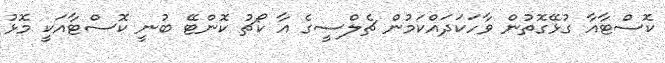
ކޮސްޓާއާ ގުޅޭގޮތުން ވާހަކަދައްކަމުން ޗެލްސީގެ އާ ކޯޗު ކޮންޓޭ ބުނީ ކޮސްޓާއަކީ މޮޅު